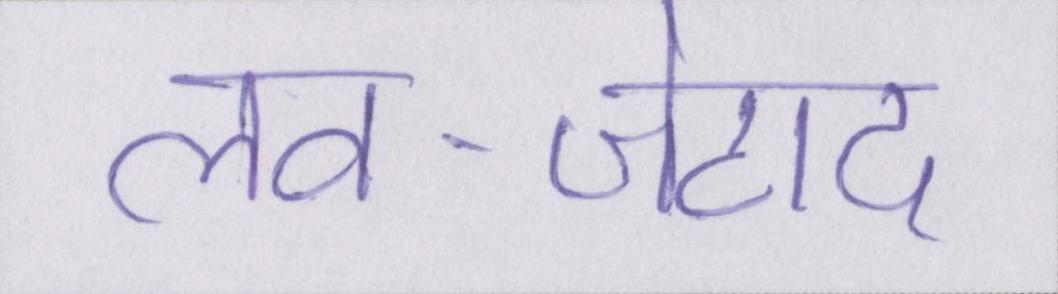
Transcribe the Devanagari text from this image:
लव-जेहाद